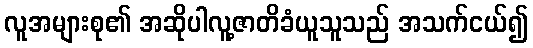
လူအများစု၏ အဆိုပါလူ့ဇာတိခံယူသူသည် အသက်ငယ်၍